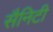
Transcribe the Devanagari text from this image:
सैनिटी